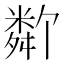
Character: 𬖩